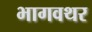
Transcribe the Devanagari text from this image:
भागवथर